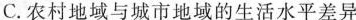
C.农村地域与城市地域的生活水平差异